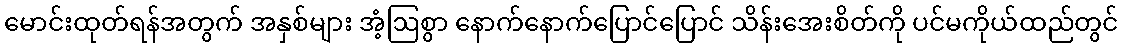
မောင်းထုတ်ရန်အတွက် အနှစ်များ အံ့ဩစွာ နောက်နောက်ပြောင်ပြောင် သိန်းအေးစိတ်ကို ပင်မကိုယ်ထည်တွင်